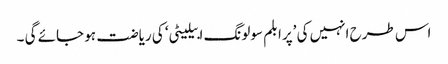
اس طرح انہیں کی ’پرابلم سولونگ ابیلیٹی‘ کی ریاضت ہو جائے گی ۔